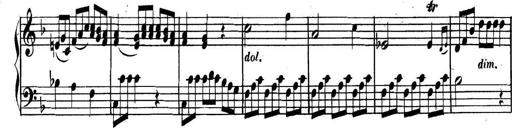
Title: Collected Piano Sonatas
Composer: Muzio Clementi